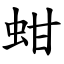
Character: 蚶